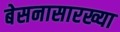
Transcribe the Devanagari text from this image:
बेसनासारख्या